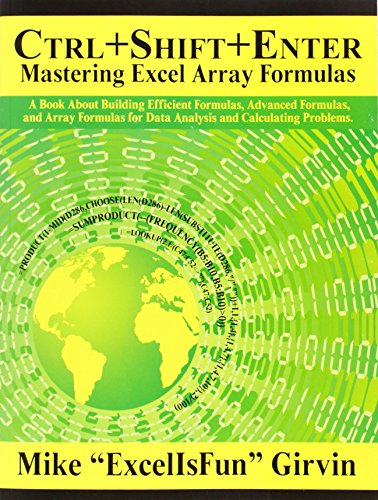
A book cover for Ctrl+Shift+Enter: A Book About Building Efficient Formulas, Advanced Formulas, and Array Formulas for Data Analysis and Calculating Problems; Mike Excelisfun Girvin; Computers & Technology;